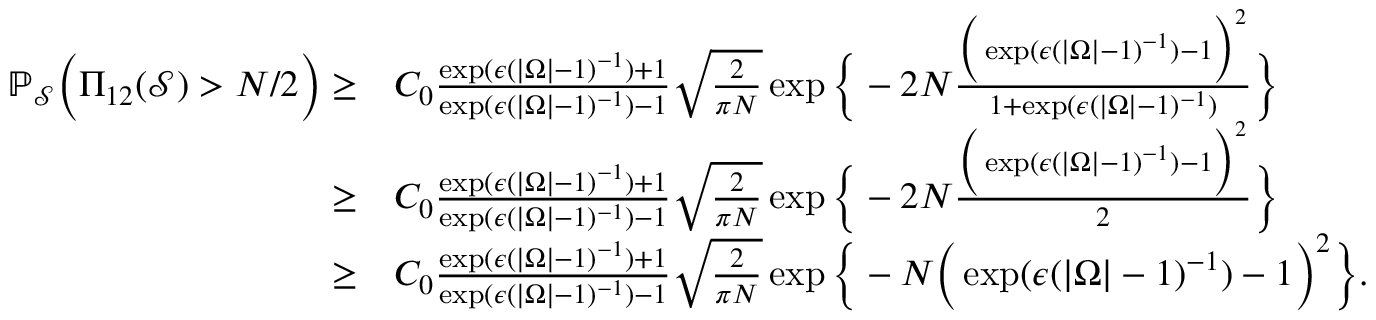
\begin{array} { r l } { \mathbb { P } _ { \mathcal { S } } \Big ( \Pi _ { 1 2 } ( \mathcal { S } ) > N / 2 \Big ) \geq } & { C _ { 0 } \frac { \exp ( \epsilon ( | \Omega | - 1 ) ^ { - 1 } ) + 1 } { \exp ( \epsilon ( | \Omega | - 1 ) ^ { - 1 } ) - 1 } \sqrt { \frac { 2 } { \pi N } } \exp \Big \{ - 2 N \frac { \Big ( \exp ( \epsilon ( | \Omega | - 1 ) ^ { - 1 } ) - 1 \Big ) ^ { 2 } } { 1 + \exp ( \epsilon ( | \Omega | - 1 ) ^ { - 1 } ) } \Big \} } \\ { \geq } & { C _ { 0 } \frac { \exp ( \epsilon ( | \Omega | - 1 ) ^ { - 1 } ) + 1 } { \exp ( \epsilon ( | \Omega | - 1 ) ^ { - 1 } ) - 1 } \sqrt { \frac { 2 } { \pi N } } \exp \Big \{ - 2 N \frac { \Big ( \exp ( \epsilon ( | \Omega | - 1 ) ^ { - 1 } ) - 1 \Big ) ^ { 2 } } { 2 } \Big \} } \\ { \geq } & { C _ { 0 } \frac { \exp ( \epsilon ( | \Omega | - 1 ) ^ { - 1 } ) + 1 } { \exp ( \epsilon ( | \Omega | - 1 ) ^ { - 1 } ) - 1 } \sqrt { \frac { 2 } { \pi N } } \exp \Big \{ - N \Big ( \exp ( \epsilon ( | \Omega | - 1 ) ^ { - 1 } ) - 1 \Big ) ^ { 2 } \Big \} . } \end{array}